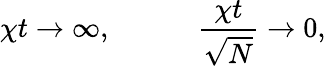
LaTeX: \chi t\rightarrow\infty,\qquad\quad\frac{\chi t}{\sqrt{N}}\rightarrow 0,